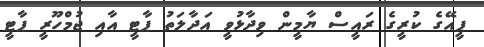
ޕީއޭގެ ކުރީގެ ރައީސް ޔާމީން ވިދާޅުވީ އަދާލަތު ޕާޓީ އާއި ޖުމްހޫރީ ޕާޓީ